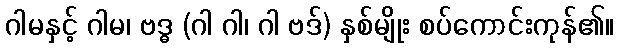
ဂါမနှင့် ဂါမ၊ ဗဒ္ဓ (ဂါ ဂါ၊ ဂါ ဗဒ်) နှစ်မျိုး စပ်ကောင်းကုန်၏။